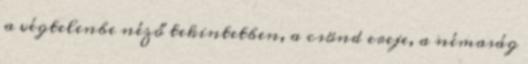
a végtelenbe néző tekintetben, a csönd ereje, a némaság